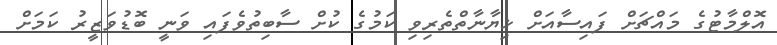
އޮލްމާޓުގެ މައްޗަށް ފައިސާއަށް ޚިޔާނާތްތެރިވި ކަމުގެ ކުށް ސާބިތުވެފައި ވަނީ ބޮޑުވަޒީރު ކަމަށް